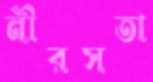
নীরসতা